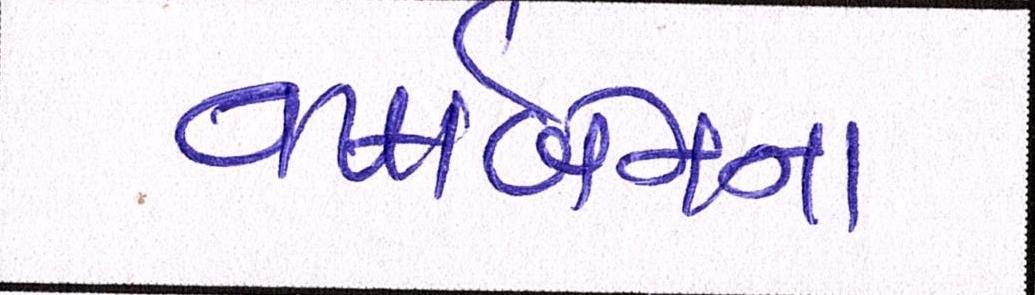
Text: વષાર્બેનના